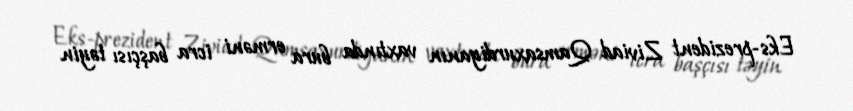
Eks-prezident Ziviad Qamsaxurdiyanın vaxtında bura erməni icra başçısı təyin